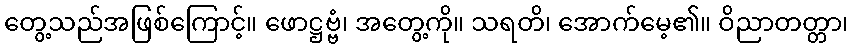
တွေ့သည်အဖြစ်ကြောင့်။ ဖောဋ္ဌဗ္ဗံ၊ အတွေ့ကို။ သရတိ၊ အောက်မေ့၏။ ဝိညာတတ္တာ၊